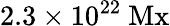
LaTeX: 2.3\times 10^{22}\ \mathrm{Mx}